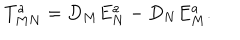
T _ { M N } ^ { a } = D _ { M } E _ { N } ^ { a } - D _ { N } E _ { M } ^ { a } .